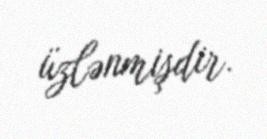
üzlənmişdir.